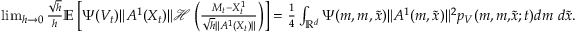
\begin{array} { r } { \operatorname* { l i m } _ { h \rightarrow 0 } \frac { \sqrt { h } } { h } { \mathbb E } \left[ \Psi ( V _ { t } ) \| A ^ { 1 } ( X _ { t } ) \| { \mathcal H } \left( \frac { M _ { t } - X _ { t } ^ { 1 } } { \sqrt { h } \| A ^ { 1 } ( X _ { t } ) \| } \right) \right] = \frac { 1 } { 4 } \int _ { { \mathbb R } ^ { d } } \Psi ( m , { m , \tilde { x } } ) \| A ^ { 1 } ( m , \tilde { x } ) \| ^ { 2 } p _ { V } ( m , { m , } \tilde { x } ; t ) d m ~ d \tilde { x } . } \end{array}